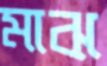
মাঝ